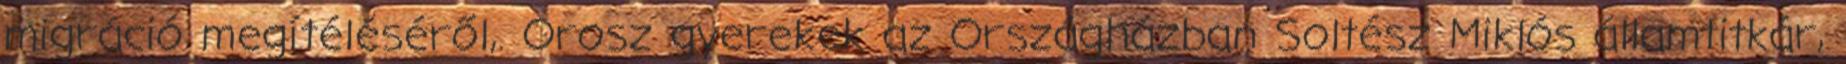
migráció megítéléséről,. Orosz gyerekek az Országházban Soltész Miklós államtitkár,